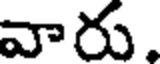
వారు.